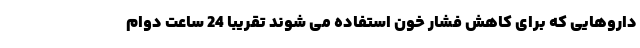
داروهایی که برای کاهش فشار خون استفاده می شوند تقریبا 24 ساعت دوام